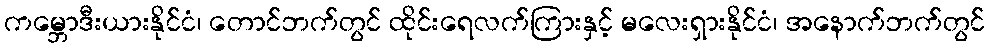
ကမ္ဘောဒီးယားနိုင်ငံ၊ တောင်ဘက်တွင် ထိုင်းရေလက်ကြားနှင့် မလေးရှားနိုင်ငံ၊ အနောက်ဘက်တွင်